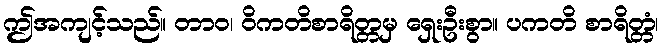
ဤအကျင့်သည်။ တာဝ၊ ဝိကတိစာရိတ္တမှ ရှေးဦးစွာ။ ပကတိ စာရိတ္တံ၊